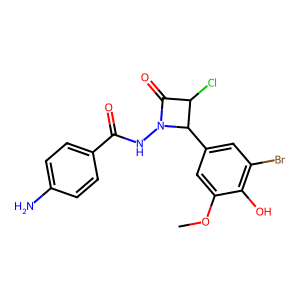
SMILES: COc1cc(C2C(Cl)C(=O)N2NC(=O)c2ccc(N)cc2)cc(Br)c1O
Inhibits HIV replication: No